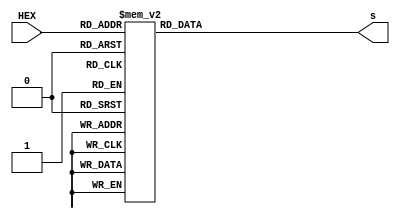
module hex_to_7seg
(input [3:0] HEX, output reg [7:0] s);
        always @ (HEX)
        begin
                case (HEX)
                        0:      s <= 8'b10001000;
                        1:      s <= 8'b11101101;
                        2:      s <= 8'b10100010;
                        3:      s <= 8'b10100100;
                        4:      s <= 8'b11000101;
                        5:      s <= 8'b10010100;
                        6:      s <= 8'b10010000;
                        7:      s <= 8'b10101101;
                        8:      s <= 8'b10000000;
                        9:      s <= 8'b10000100;
                        4'hA:   s <= 8'b10000001;
                        4'hB:   s <= 8'b11010000;
                        4'hC:   s <= 8'b10011010;
                        4'hD:   s <= 8'b11100000;
                        4'hE:   s <= 8'b10010010;
                        4'hF:   s <= 8'b10010011;
                        default:s <= 8'b01111111;
                endcase
        end
endmodule